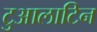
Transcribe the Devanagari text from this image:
टुआलाटिन